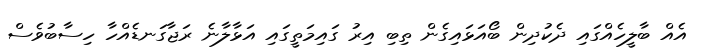
އެއް ބާލީހެއްގައި ދެކުދިން ބޯއަޅައިގެން ތިބި އިރު ގައިމަތީގައި އަޅާލާނެ ރަޖާގަނޑެއްހާ ހިސާބުވެސް